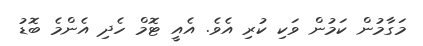
މަގާމުން ކަމުން ވަކި ކުރި އެވެ. އެއީ ޓޮމް ހެދި އެންމެ ބޮޑު